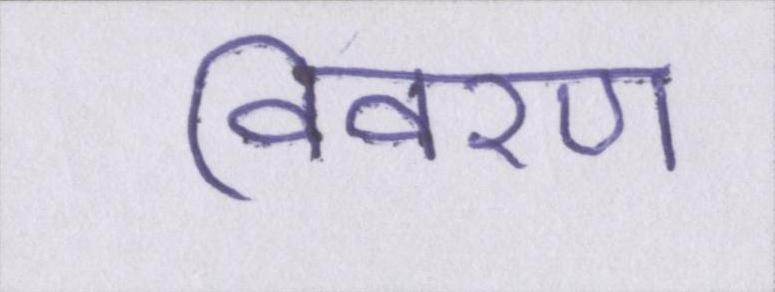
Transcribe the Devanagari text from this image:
विवरण